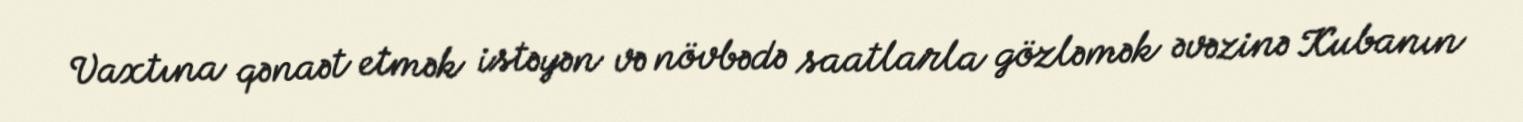
Vaxtına qənaət etmək istəyən və növbədə saatlarla gözləmək əvəzinə Kubanın